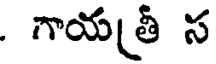
. గాయత్రీ స